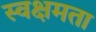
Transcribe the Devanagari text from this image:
स्वक्षमता